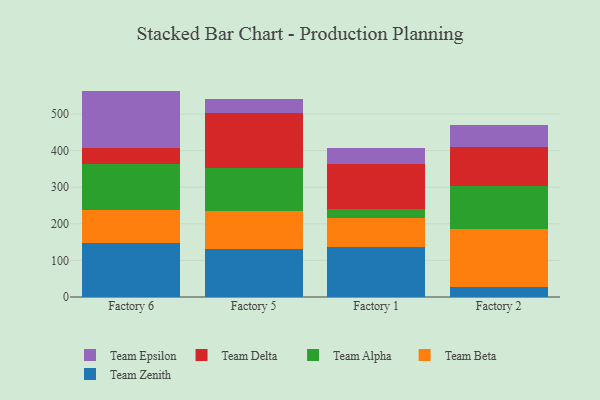
{"axis": {"x": "Factory", "y": "Waste Production (Tons)"}, "legend": ["Team Alpha", "Team Beta", "Team Delta", "Team Epsilon", "Team Zenith"], "data": [{"x": "Factory 6", "y": 148.6, "type": "Team Zenith"}, {"x": "Factory 6", "y": 87.9, "type": "Team Beta"}, {"x": "Factory 6", "y": 128.2, "type": "Team Alpha"}, {"x": "Factory 6", "y": 41.2, "type": "Team Delta"}, {"x": "Factory 6", "y": 157.4, "type": "Team Epsilon"}, {"x": "Factory 5", "y": 131.2, "type": "Team Zenith"}, {"x": "Factory 5", "y": 104.2, "type": "Team Beta"}, {"x": "Factory 5", "y": 116.3, "type": "Team Alpha"}, {"x": "Factory 5", "y": 151.9, "type": "Team Delta"}, {"x": "Factory 5", "y": 36.6, "type": "Team Epsilon"}, {"x": "Factory 1", "y": 135.4, "type": "Team Zenith"}, {"x": "Factory 1", "y": 80.6, "type": "Team Beta"}, {"x": "Factory 1", "y": 25.1, "type": "Team Alpha"}, {"x": "Factory 1", "y": 122.0, "type": "Team Delta"}, {"x": "Factory 1", "y": 43.0, "type": "Team Epsilon"}, {"x": "Factory 2", "y": 26.0, "type": "Team Zenith"}, {"x": "Factory 2", "y": 159.9, "type": "Team Beta"}, {"x": "Factory 2", "y": 117.2, "type": "Team Alpha"}, {"x": "Factory 2", "y": 107.3, "type": "Team Delta"}, {"x": "Factory 2", "y": 58.8, "type": "Team Epsilon"}]}